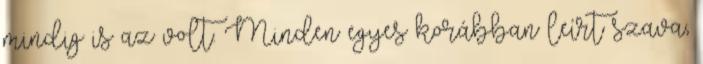
mindig is az volt. Minden egyes korábban leírt szava,